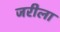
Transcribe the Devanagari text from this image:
जरीला